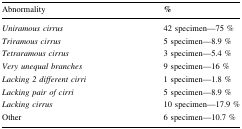
<table><thead><tr><td><b>Abnormality</b></td><td><b>%</b></td></tr></thead><tbody><tr><td><i>Uniramous cirrus</i></td><td>42 specimen—75 %</td></tr><tr><td><i>Triramous cirrus</i></td><td>5 specimen—8.9 %</td></tr><tr><td><i>Tetraramous cirrus</i></td><td>3 specimen—5.4 %</td></tr><tr><td><i>Very unequal branches</i></td><td>9 specimen—16 %</td></tr><tr><td><i>Lacking 2 different cirri</i></td><td>1 specimen—1.8 %</td></tr><tr><td><i>Lacking pair of cirri</i></td><td>5 specimen—8.9 %</td></tr><tr><td><i>Lacking cirrus</i></td><td>10 specimen—17.9 %</td></tr><tr><td>Other</td><td>6 specimen—10.7 %</td></tr></tbody></table>